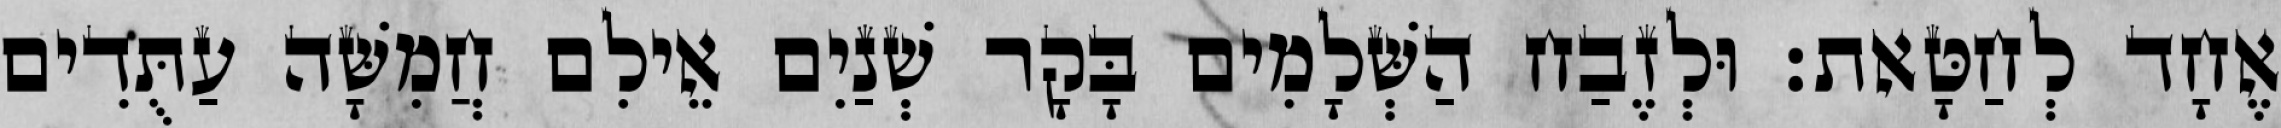
אֶחָד לְחַטָּאת׃ וּלְזֶבַח הַשְּׁלָמִים בָּקָר שְׁנַיִם אֵילִם חֲמִשָּׁה עַתֻּדִים